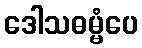
ဒေါသဓမ္မံပေ